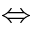
\Leftrightarrow